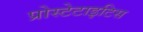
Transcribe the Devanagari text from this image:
प्रोस्टेटाइटिस